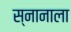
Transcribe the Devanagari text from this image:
स्नानाला